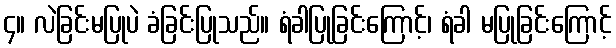
၄။ လဲခြင်းမပြုပဲ ခံခြင်းပြုသည်။ ရံခါပြုခြင်းကြောင့်၊ ရံခါ မပြုခြင်းကြောင့်